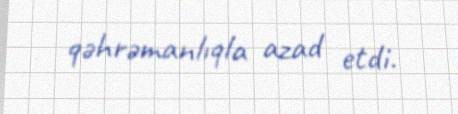
qəhrəmanlıqla azad etdi.